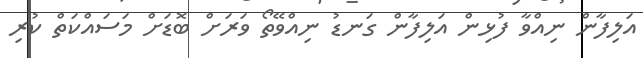
އަލިފާން ނިއްވާ ފުޅިން އަލިފާން ގަނޑު ނިއްވޭތޯ ވަރަށް ބޮޑަށް މަސައްކަތް ކުރި